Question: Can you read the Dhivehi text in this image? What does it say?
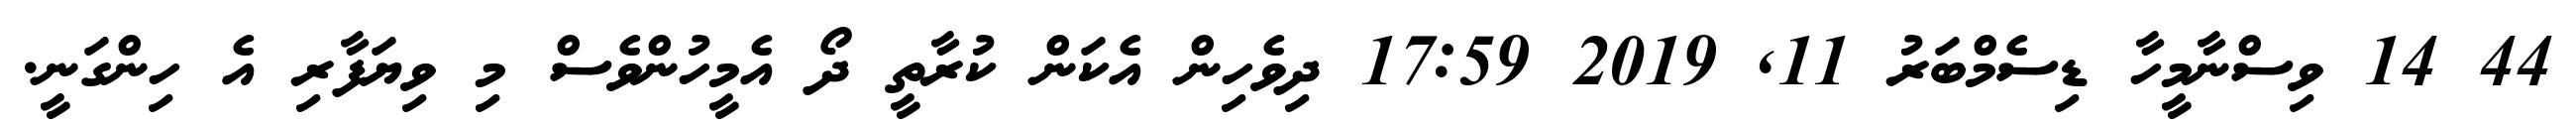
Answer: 44 14 ވިސްނާމީހާ ޑިސެމްބަރު 11, 2019 17:59 ދިވެހިން އެކަން ކުރާތީ ދޯ އެމީހުންވެސް މި ވިޔަފާރި އެ ހިންގަނީ.